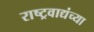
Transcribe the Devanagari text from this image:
राष्ट्रवाद्यंच्या